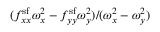
( f _ { x x } ^ { \mathrm { s f } } \omega _ { x } ^ { 2 } - f _ { y y } ^ { \mathrm { s f } } \omega _ { y } ^ { 2 } ) / ( \omega _ { x } ^ { 2 } - \omega _ { y } ^ { 2 } )